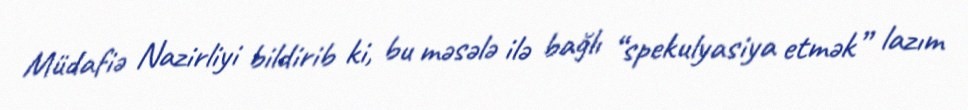
Müdafiə Nazirliyi bildirib ki, bu məsələ ilə bağlı “spekulyasiya etmək” lazım